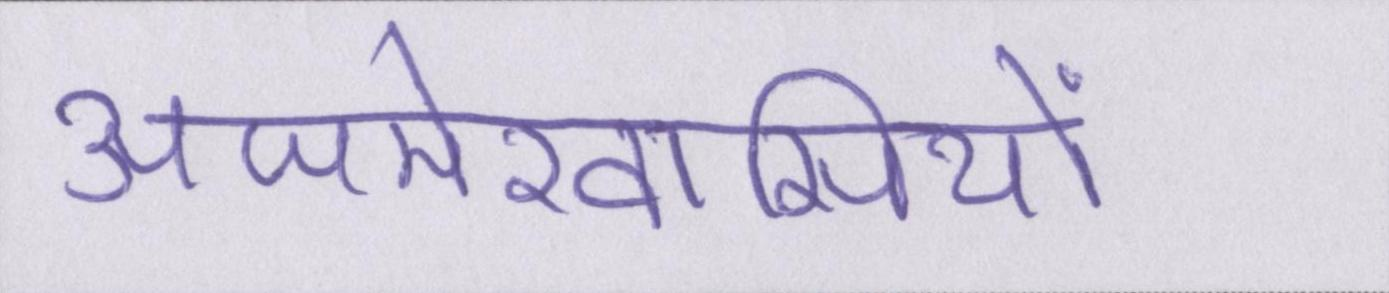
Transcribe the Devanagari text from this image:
अजमेरवासियों